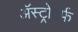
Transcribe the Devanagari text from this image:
ॲस्ट्रोटर्फ